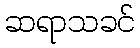
ဆရာသခင်